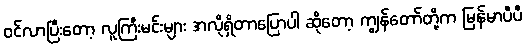
ဝင်လာပြီးတော့ လူကြီးမင်းများ အလိုရှိတာပြောပါ ဆိုတော့ ကျွန်တော်တို့က မြန်မာပီပီ